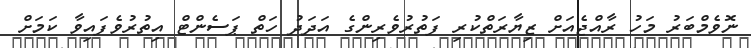
ނޮވެމްބަރު މަހު ރާއްޖެއަށް ޒިޔާރަތްކުރި ފަތުރުވެރިންގެ އަދަދު ހަތް ޕަސެންޓް އިތުރުވެފައިވާ ކަމަށް